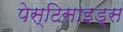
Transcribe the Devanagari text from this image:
पेस्टिसाइड्स